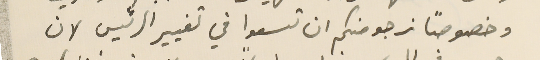
وخصوصًا نرجو منكم ان تسعوا في تغيير الرئيس لان